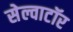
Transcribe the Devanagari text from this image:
सेल्वाटॉर